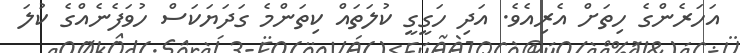
އަހަރެންގެ ހިތަށް އެރިއެވެ. އަދި ހަގީގީ ކުލަތައް ކިތަންމެ ގަދަޔަކަސް ހުވަފެނެއްގެ ކުލަ